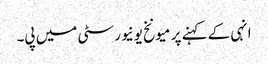
انہی کے کہنے پر میونخ یونیورسٹی میں پی۔